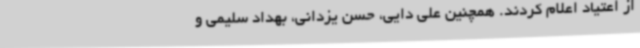
از اعتیاد اعلام کردند. همچنین علی دایی، حسن یزدانی، بهداد سلیمی و